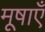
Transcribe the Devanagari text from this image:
मूषाएँ